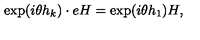
\exp ( i \theta h _ { k } ) \cdot e H = \exp ( i \theta h _ { 1 } ) H ,